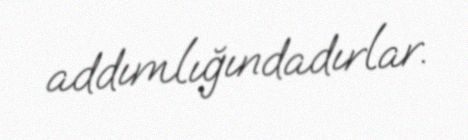
addımlığındadırlar.